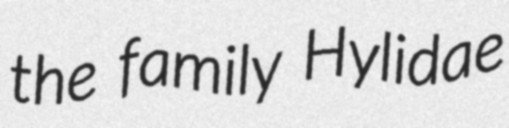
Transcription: the family Hylidae